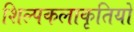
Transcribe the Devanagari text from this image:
शिल्पकलाकृतियों